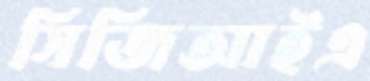
সিজিআইএ